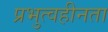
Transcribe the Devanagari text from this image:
प्रभुत्वहीनता